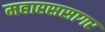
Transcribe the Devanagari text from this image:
महारससागर